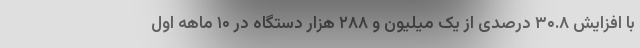
با افزایش ۳۰.۸ درصدی از یک میلیون و ۲۸۸ هزار دستگاه در ۱۰ ماهه اول